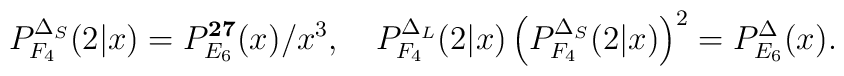
P_{F_4}^{\Delta_S}(2|x)=P_{E_6}^{\bf 27}(x)/x^3,\quad   P_{F_4}^{\Delta_L}(2|x)\left(P_{F_4}^{\Delta_S}(2|x)\right)^2=   P_{E_6}^{\Delta}(x).